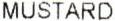
MUSTARD